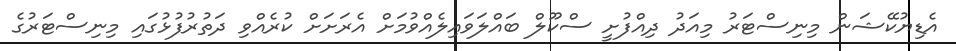
އެޑިޔުކޭޝަން މިނިސްޓަރު މިއަދު ދިއްފުށީ ސްކޫލް ބައްލަވައިލެއްވުމަށް އެރަށަށް ކުރެއްވި ދަތުރުފުޅުގައި މިނިސްޓަރުގެ